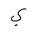
Letter: _ya